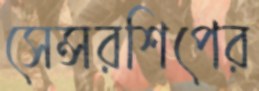
সেন্সরশিপের